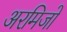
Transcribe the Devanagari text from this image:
अरमिजो